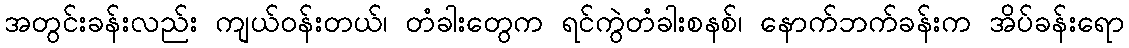
အတွင်းခန်းလည်း ကျယ်ဝန်းတယ်၊ တံခါးတွေက ရင်ကွဲတံခါးစနစ်၊ နောက်ဘက်ခန်းက အိပ်ခန်းရော